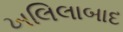
ખલિલાબાદ